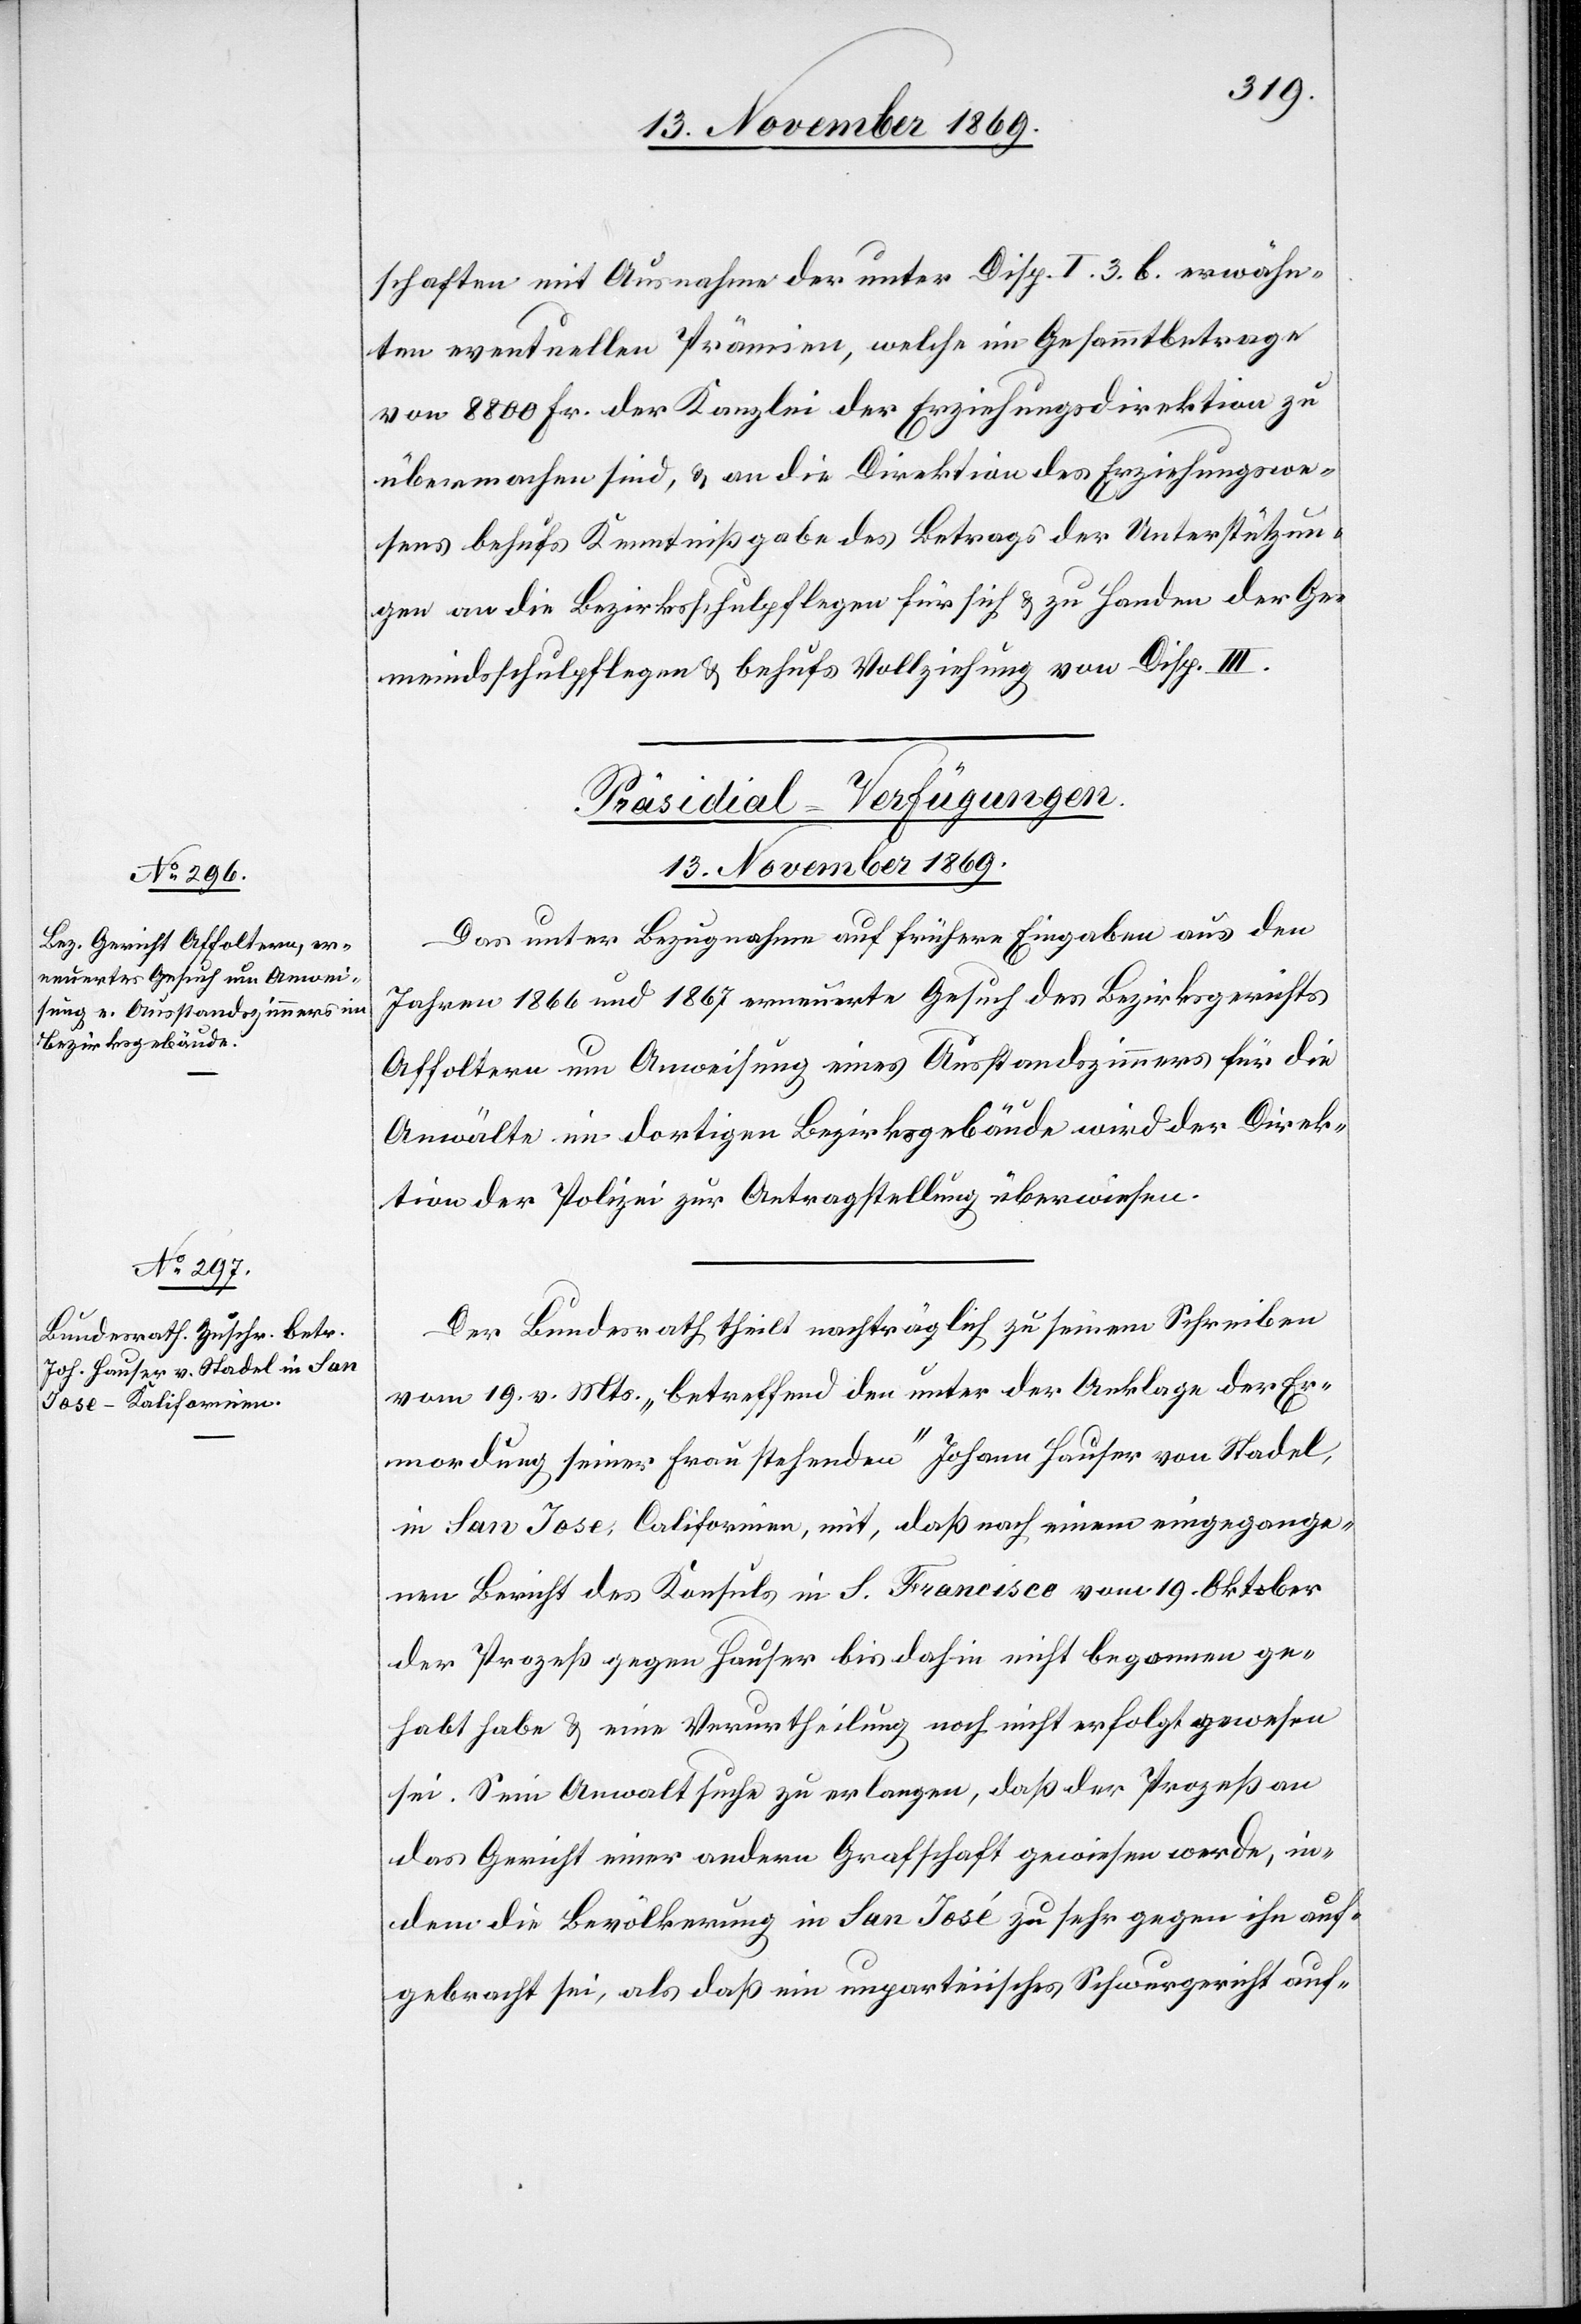
schaften mit Ausnahme der unter Disp. I. 3. b. erwähn¬
ten eventuellen Prämien, welche im Gesammtbetrage
von 8800 Fr. der Kanzlei der Erziehungsdirektion zu
übermachen sind, & an die Direktion des Erziehungswe¬
sens behufs Kenntnißgabe des Betrags der Unterstützun¬
gen an die Bezirksschulpflegen für sich & zu Handen der Ge¬
meindsschulpflegen & behufs Vollziehung von Disp. III.
[Präsidial-Verfügungen.
13. November 1869.]
Das unter Bezugnahme auf frühere Eingaben aus den
Jahren 1866 und 1867 erneuerte Gesuch des Bezirksgerichts
Affoltern um Anweisung eines Ausstandszimmers für die
Anwälte im dortigen Bezirksgebäude wird der Direk¬
tion der Polizei zur Antragstellung überwiesen.
Der Bundesrath theilt nachträglich zu seinem Schreiben
vom 19. v. Mts. „betreffend den unter der Anklage der Er¬
mordung seiner Frau stehenden“ Johann Hauser von Stadel,
in San Jose, Californien, mit, daß nach einem eingegange¬
nen Bericht des Konsuls in S. Francisco vom 19. Oktober
der Prozeß gegen Hauser bis dahin nicht begonnen ge¬
habt habe & eine Verurtheilung noch nicht erfolgt gewesen
sei. Sein Anwalt suche zu erlangen, daß der Prozeß an
das Gericht einer andern Grafschaft gewiesen werde, in¬
dem die Bevölkerung in San José zu sehr gegen ihn auf¬
gebracht sei, als daß ein unparteiisches Schwurgericht auf-